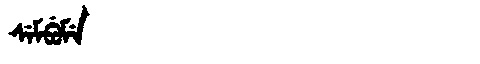
Manchu: ᠰᡝᠮᠪᡠᠮᡝ
Romanization: SEMBUME